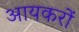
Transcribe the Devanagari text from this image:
आयकरों